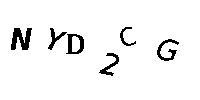
NYD2CG